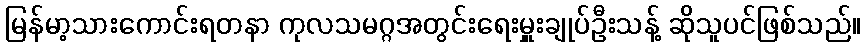
မြန်မာ့သားကောင်းရတနာ ကုလသမဂ္ဂအတွင်းရေးမှူးချုပ်ဦးသန့် ဆိုသူပင်ဖြစ်သည်။